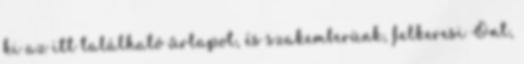
ki az itt található űrlapot, és szakemberünk, felkeresi Önt,